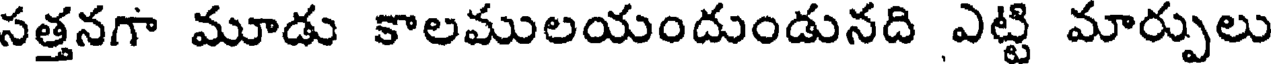
సత్తనగా మూడు కాలములయందుండునది ఎట్టి మార్పులు